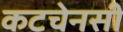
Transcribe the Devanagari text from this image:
कटचेनसी